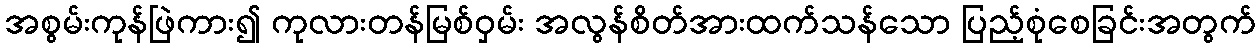
အစွမ်းကုန်ဖြဲကား၍ ကုလားတန်မြစ်ဝှမ်း အလွန်စိတ်အားထက်သန်သော ပြည့်စုံစေခြင်းအတွက်